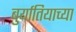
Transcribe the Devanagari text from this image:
बुर्यातियाच्या